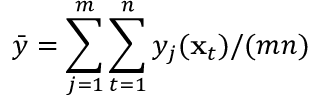
\bar { y } = \sum _ { j = 1 } ^ { m } \sum _ { t = 1 } ^ { n } y _ { j } ( \mathbf x _ { t } ) / { ( m n ) }